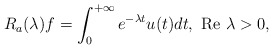
\begin{align*}R_a(\lambda )f=\int_{0}^{+\infty }e^{-\lambda t}u(t)dt,\mbox{ Re }\lambda >0, \end{align*}